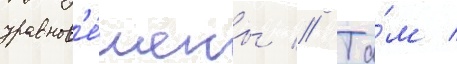
уравнов'е́шены // Та́м /